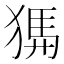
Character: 𤟨